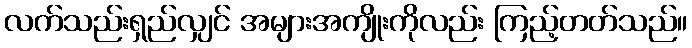
လက်သည်းရှည်လျှင် အများအကျိုးကိုလည်း ကြည့်တတ်သည်။